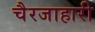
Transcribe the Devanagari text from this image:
चैरजाहारी